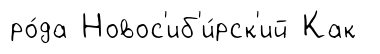
ро́да Новос'иб'и́рск'ий Как